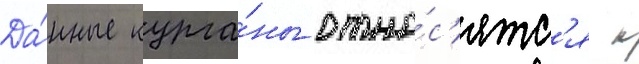
Да́нные курга́ны отно́с'ятс'я к